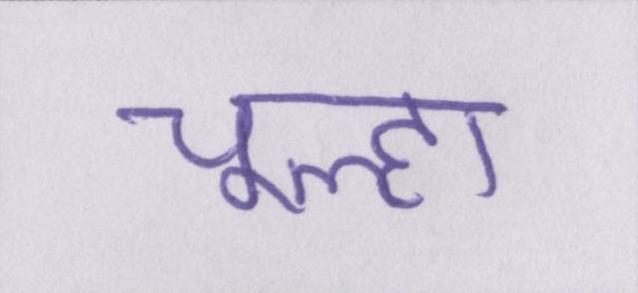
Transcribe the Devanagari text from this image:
चूल्हा